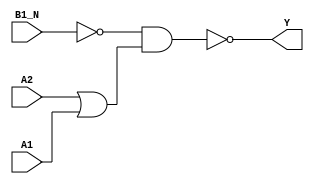
module sky130_fd_sc_ls__o21bai_6 (
    Y   ,
    A1  ,
    A2  ,
    B1_N
);
    output Y   ;
    input  A1  ;
    input  A2  ;
    input  B1_N;
    wire b          ;
    wire or0_out    ;
    wire nand0_out_Y;
    not  not0  (b          , B1_N           );
    or   or0   (or0_out    , A2, A1         );
    nand nand0 (nand0_out_Y, b, or0_out     );
    buf  buf0  (Y          , nand0_out_Y    );
endmodule